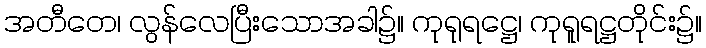
အတီတေ၊ လွန်လေပြီးသောအခါ၌။ ကုရုရဋ္ဌေ၊ ကုရူရဋ္ဌတိုင်း၌။